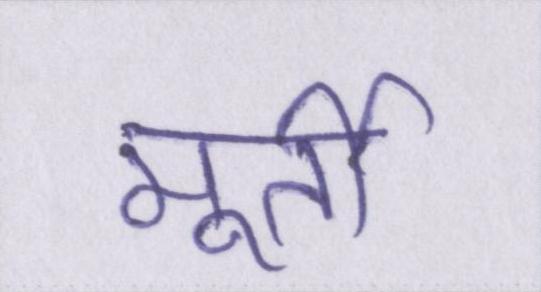
मूर्ती